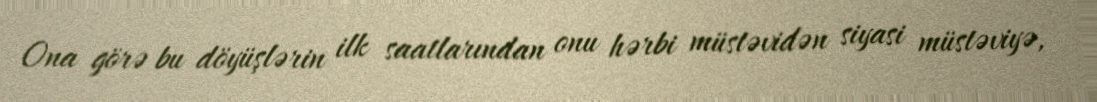
Ona görə bu döyüşlərin ilk saatlarından onu hərbi müstəvidən siyasi müstəviyə,